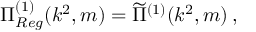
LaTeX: \Pi _ { R e g } ^ { ( 1 ) } ( k ^ { 2 } , m ) = \widetilde { \Pi } ^ { ( 1 ) } ( k ^ { 2 } , m ) \, ,